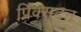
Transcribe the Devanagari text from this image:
प्रिंक्सटन